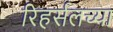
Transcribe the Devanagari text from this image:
रिहर्सलच्या